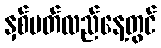
နှစ်ပတ်လည်နေ့တွင်